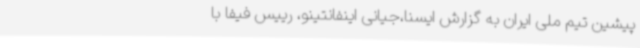
پیشین تیم ملی ایران به گزارش ایسنا،جیانی اینفانتینو، رییس فیفا با